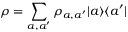
\rho = \sum _ { a , a ^ { \prime } } \rho _ { a , a ^ { \prime } } | a \rangle \langle a ^ { \prime } |